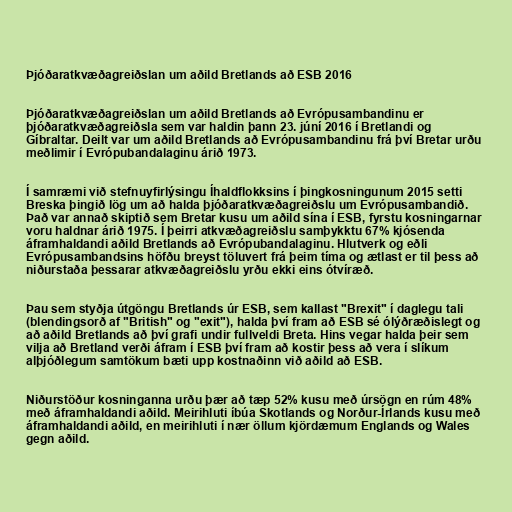
Þjóðaratkvæðagreiðslan um aðild Bretlands að ESB 2016

Þjóðaratkvæðagreiðslan um aðild Bretlands að Evrópusambandinu er
þjóðaratkvæðagreiðsla sem var haldin þann 23. júní 2016 í Bretlandi og
Gíbraltar. Deilt var um aðild Bretlands að Evrópusambandinu frá því Bretar urðu
meðlimir í Evrópubandalaginu árið 1973.

Í samræmi við stefnuyfirlýsingu Íhaldflokksins í þingkosningunum 2015 setti
Breska þingið lög um að halda þjóðaratkvæðagreiðslu um Evrópusambandið.
Það var annað skiptið sem Bretar kusu um aðild sína í ESB, fyrstu kosningarnar
voru haldnar árið 1975. Í þeirri atkvæðagreiðslu samþykktu 67% kjósenda
áframhaldandi aðild Bretlands að Evrópubandalaginu. Hlutverk og eðli
Evrópusambandsins höfðu breyst töluvert frá þeim tíma og ætlast er til þess að
niðurstaða þessarar atkvæðagreiðslu yrðu ekki eins ótvíræð.

Þau sem styðja útgöngu Bretlands úr ESB, sem kallast "Brexit" í daglegu tali
(blendingsorð af "British" og "exit"), halda því fram að ESB sé ólýðræðislegt og
að aðild Bretlands að því grafi undir fullveldi Breta. Hins vegar halda þeir sem
vilja að Bretland verði áfram í ESB því fram að kostir þess að vera í slíkum
alþjóðlegum samtökum bæti upp kostnaðinn við aðild að ESB.

Niðurstöður kosninganna urðu þær að tæp 52% kusu með úrsögn en rúm 48%
með áframhaldandi aðild. Meirihluti íbúa Skotlands og Norður-Írlands kusu með
áframhaldandi aðild, en meirihluti í nær öllum kjördæmum Englands og Wales
gegn aðild.